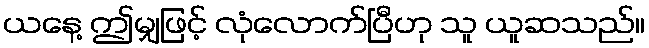
ယနေ့ ဤမျှဖြင့် လုံလောက်ပြီဟု သူ ယူဆသည်။